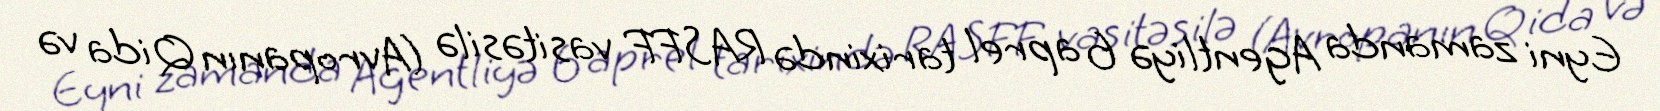
Eyni zamanda Agentliyə 6 aprel tarixində RASFF vasitəsilə (Avropanın Qida və